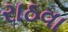
રાઠવા